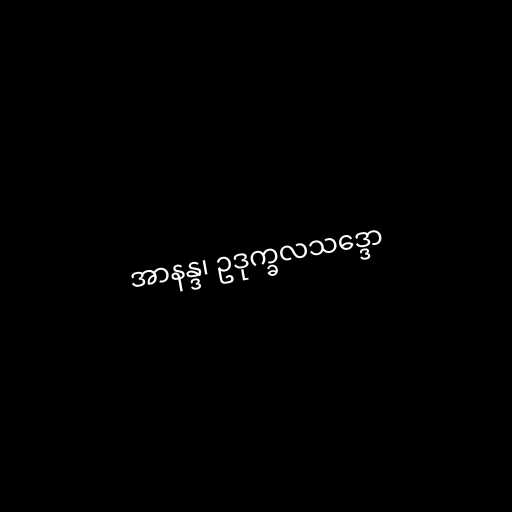
အာနန္ဒ၊ ဥဒုက္ခလသဒ္ဒော